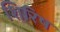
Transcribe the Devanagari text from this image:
शिरिष